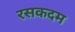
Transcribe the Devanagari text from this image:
रसकदम